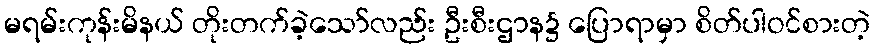
မရမ်းကုန်းမိနယ် တိုးတက်ခဲ့သော်လည်း ဦးစီးဌာန၌ ပြောရာမှာ စိတ်ပါဝင်စားတဲ့